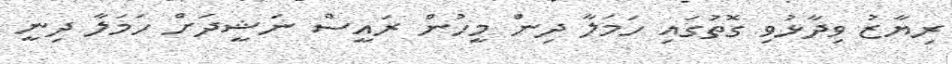
ރިޔާޒު ވިދާޅުވި ގޮތުގައި ހަމަލާ ދިން މީހުން ރައީސް ނަޝީދަށް ހަމަލާ ދިނީ